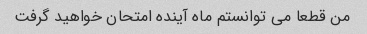
من قطعا می توانستم ماه آینده امتحان خواهید گرفت